Lunatic asylums Burma 1907-21 - 1907-1921
Year: 1907
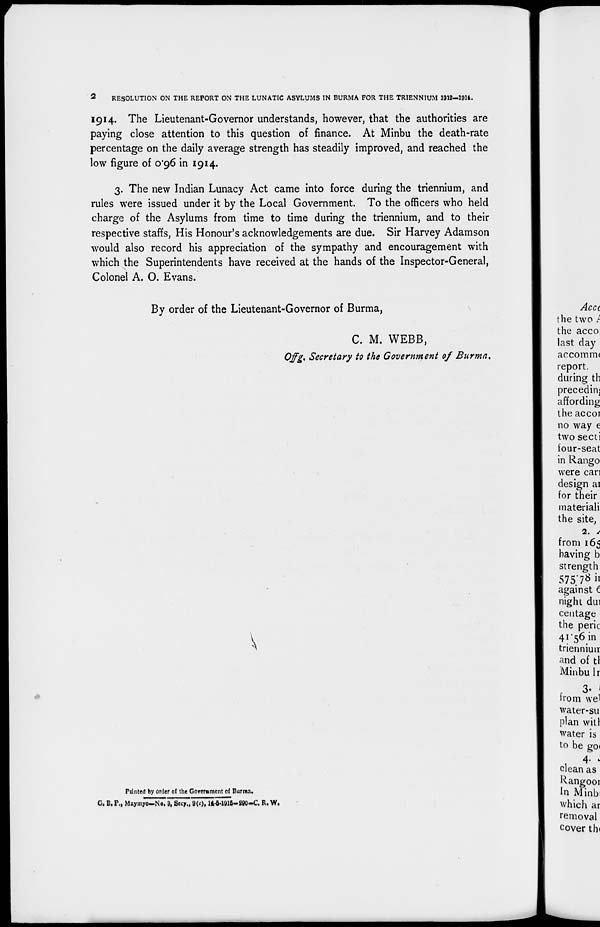
2
RESOLUTION ON THE REPORT ON THE LUNATIC ASYLUMS IN BURMA FOR THE TRIENNIUM 1912-1914.
1914. The Lieutenant-Governor understands, however, that the authorities are
paying close attention to this question of finance. At Minbu the death-rate
percentage on the daily average strength has steadily improved, and reached the
low figure of 0.96 in 1914.
3. The new Indian Lunacy Act came into force during the triennium, and
rules were issued under it by the Local Government. To the officers who held
charge of the Asylums from time to time during the triennium, and to their
respective staffs, His Honour's acknowledgements are due. Sir Harvey Adamson
would also record his appreciation of the sympathy and encouragement with
which the Superintendents have received at the hands of the Inspector-General,
Colonel A. O. Evans.
By order of the Lieutenant-Governor of Burma,
C. M. WEBB,
Offg.Secretary to the Government of Burma.
Printed by order of the Government of Burma.
G. B. P., Maymyo–No. 3, Secy., 9(c), 14-5-1915-290-C. R. W.